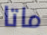
ماتا